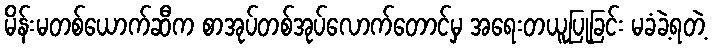
မိန်းမတစ်ယောက်ဆီက စာအုပ်တစ်အုပ်လောက်တောင်မှ အရေးတယူပြုခြင်း မခံခဲ့ရတဲ့